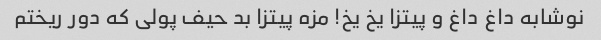
نوشابه داغ داغ و پیتزا یخ یخ! مزه پیتزا بد حیف پولی که دور ریختم